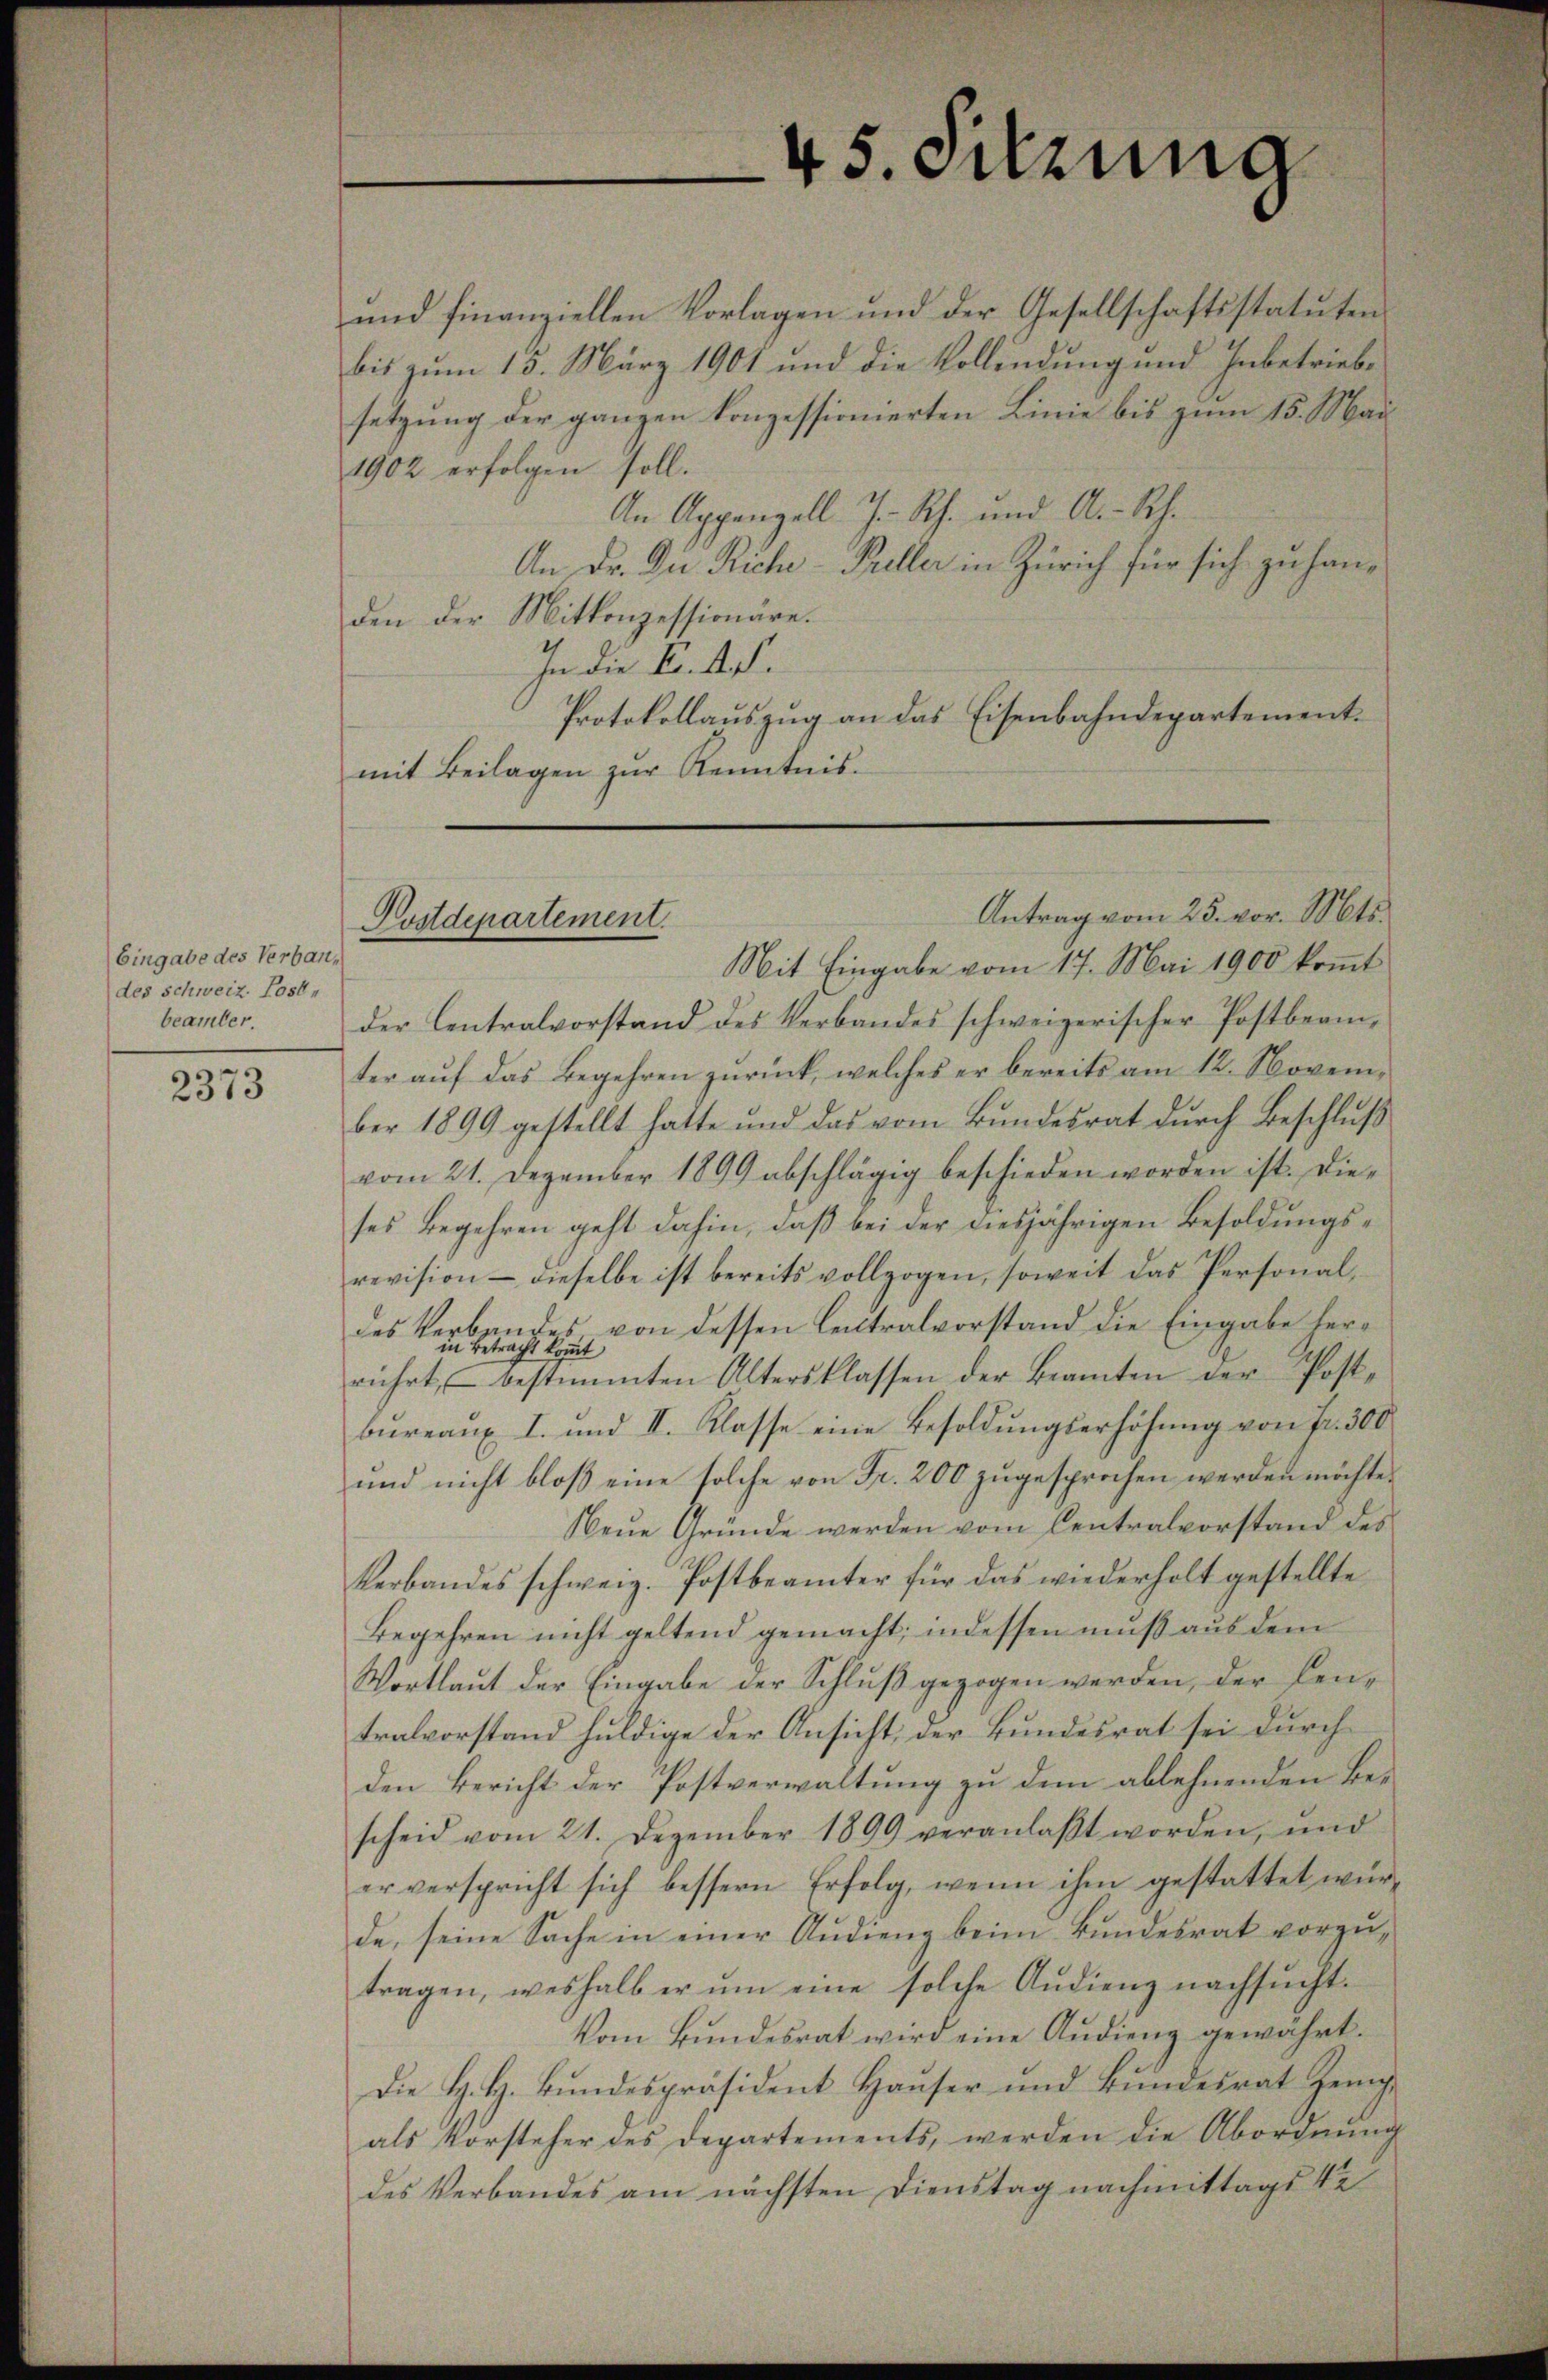
Eingabe des Verbaudes Schweiz. Lost,
beamter

2373

und finanziellen Vorlagen und der Gesellschaftsstatuten
bis zum 13. März 1901 und die Vollendung und Inbetriebsetzung der ganzen konzessionierten Linie bis zum 15. Mai
1902 erfolgen soll.
An Appenzell I.-Rh. und A.-Rh.
An Dr. Die Rich-Preller in Zürich für sich zu handen der Mitkonzessionäre.
In die K. A.
Protokollauszug an das Eisenbahndepartementmit Beilagen zŭr Kenntnis-

Postdepartement.

Mit Eingabe vom 17. Mai 1900 kommt
der Centralvorstand des Verbandes schweizerischer Postbeamter auf das Begehren zurück, welches er bereits am 12. November 1899 gestellt hatte und das vom Bŭndesrat dŭrch Beschlŭβ
vom 21. Dezember 1899 abschlägig beschieden worden ist. Dieses Begehren geht dahin, daß bei der diesjährigen Besoldungsrevision - dieselbe ist bereits vollzogen, soweit das Personaldes Verbandes von dessen Lectralvorstand die Eingabe herin
 kommt
Betra
rührt, u bestimmten Altersklassen der Beamten der Post-
bureaux I. und II. Klasse eine Besoldungserhöhung von Fr. 300
und nicht bloß eine solche von Fr. 200 zugesprochen werden möchte.
Neue Gründe werden vom Centralvorstand des
Verbandes schweiz. Postbeamter für das wiederholt gestellte
Begehren nicht geltend gemacht; indessen muß aus dem
Wortlaut der Eingabe der Schluß gezogen werden, der Centralvorstand huldige der Ansicht, der Bundesrat sei durch
den Bericht der Postverwaltung zu dem ablehnenden Bescheid vom 21. Dezember 1899 veranlaβt worden, und
er verspricht sich bessern Erfolg, wenn ihm gestattet würde, seine Sache in einer Audieng beim Bundesrat vorzutragen, weshalb er ŭm eine solche Audienz nachsucht.
Vom Bundesrat wird eine Audieng gewährt.
Die H. H. Bundespräsident Hauser und Bundesrat Zeigals Vorsteher des Departements, werden die Abordnŭng
des Verbandes am nächsten Dienstag nachmittags ke

45. Sitzung

Antrag vom 25. vor. Mts.